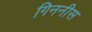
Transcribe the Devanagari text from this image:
गिननीस